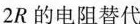
2R的电阻替代